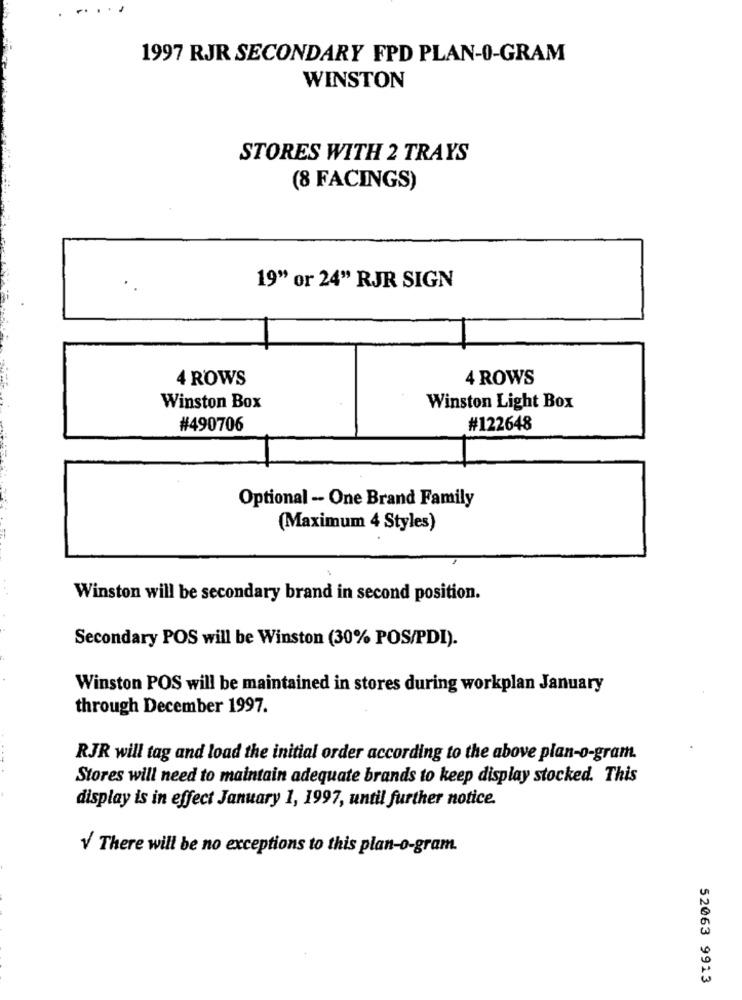
....
1997 RJR SECONDARY FPD PLAN-0-GRAM
WINSTON
STORES WITH 2 TRAYS
(8 FACINGS)
19" or 24" RJR SIGN
4 ROWS
4 ROWS
Winston Box
Winston Light Box
#490706
#122648
Optional -- One Brand Family
(Maximum 4 Styles)
Winston will be secondary brand in second position.
Secondary POS will be Winston (30% POS/PDI).
Winston POS will be maintained in stores during workplan January
through December 1997.
RJR will tag and load the initial order according to the above plan-o-gram.
Stores will need to maintain adequate brands to keep display stocked. This
display is in effect January 1, 1997, until further notice.
V/ There will be no exceptions to this plan-o-gram.
52063 9913